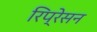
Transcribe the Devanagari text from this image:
रिप्रेसन